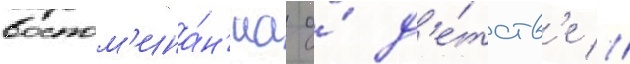
воспом'ина́н'иа о́ д'е́тств'е //